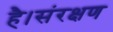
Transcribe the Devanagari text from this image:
है।संरक्षण